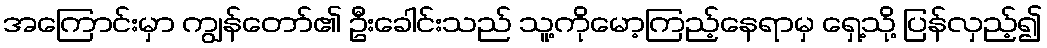
အကြောင်းမှာ ကျွန်တော်၏ ဦးခေါင်းသည် သူ့ကိုမော့ကြည့်နေရာမှ ရှေ့သို့ ပြန်လှည့်၍